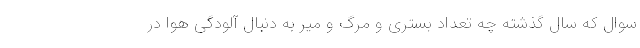
سوال که سال گذشته چه تعداد بستری و مرگ و میر به دنبال آلودگی هوا در